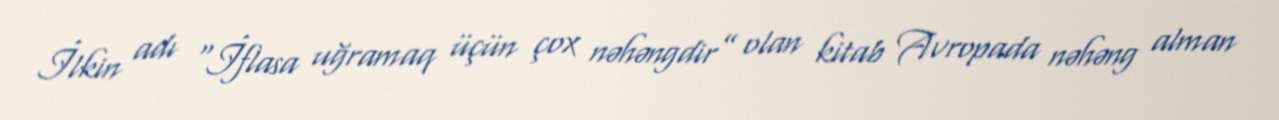
İlkin adı “İflasa uğramaq üçün çox nəhəngdir” olan kitab Avropada nəhəng alman